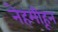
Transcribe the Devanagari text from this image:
नेहमीहून